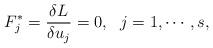
LaTeX: \begin{align*}F_j^*=\frac{\delta L}{\delta u_j}=0, ~~j=1,\cdots,s,\end{align*}